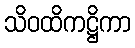
သိဝထိကဋ္ဌိကာ